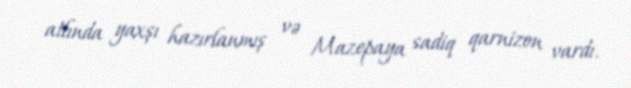
atlında yaxşı hazırlanmış və Mazepaya sadiq qarnizon vardı.